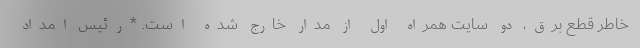
خاطر قطع برق، دو سایت همراه اول از مدار خارج شده است. *رئیس امداد